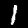
Label: 1